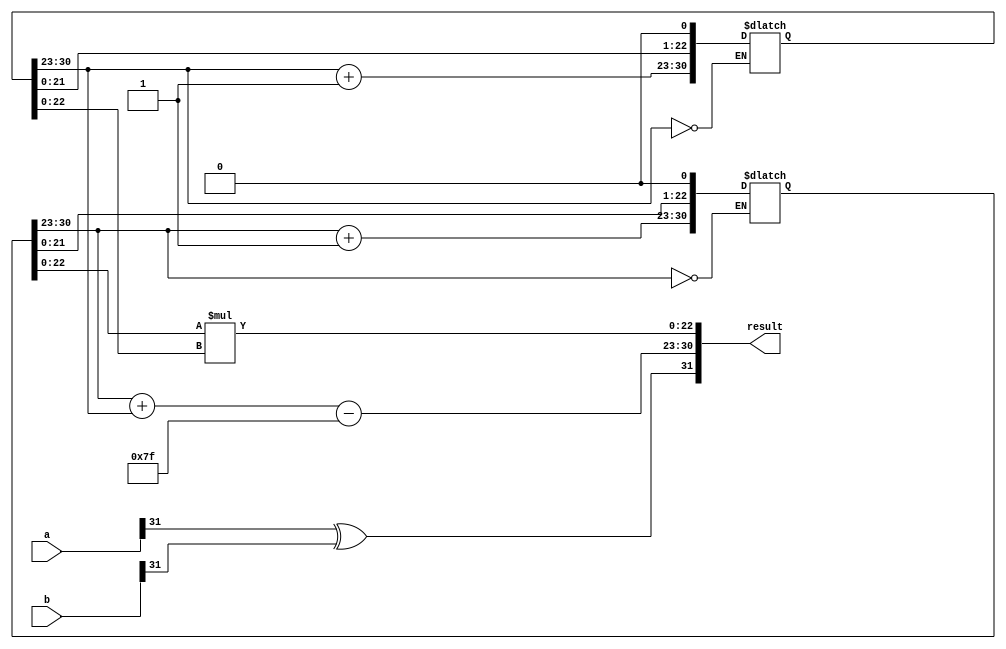
module FP32Multiplier(
  input [31:0] a,
  input [31:0] b,
  output reg [31:0] result
);
  reg [7:0] a_exp, b_exp, result_exp;
  reg [22:0] a_frac, b_frac, result_frac;
  reg [30:0] result_sign;
  reg [0:0] a_sign, b_sign;
  reg is_normalized;

  // Extracting sign, exponent, and fraction for operand A
  assign a_sign = a[31:31];
  assign a_exp = a[30:23];
  assign a_frac = {1'b1, a[22:0]};

  // Extracting sign, exponent, and fraction for operand B
  assign b_sign = b[31:31];
  assign b_exp = b[30:23];
  assign b_frac = {1'b1, b[22:0]};

  // Normalize operands if necessary
  always @* begin
    if (a_exp == 0) begin
      a_frac = a_frac << 1;
      a_exp = a_exp + 1;
    end

    if (b_exp == 0) begin
      b_frac = b_frac << 1;
      b_exp = b_exp + 1;
    end
  end

  // Multiplication
  always @* begin
    result_sign = a_sign ^ b_sign;
    result_exp = a_exp + b_exp - 127; // Exponent bias is 127
    result_frac = a_frac * b_frac;
    is_normalized = (result_frac[24:23] == 2'b11);

    if (is_normalized) begin
      result_exp = result_exp + 1;
      result_frac = result_frac >> 1;
    end

    result = {result_sign, result_exp, result_frac[22:0]};
  end
endmodule